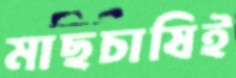
মাছচাষিই